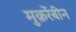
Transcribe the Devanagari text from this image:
मुक़र्रेबीन